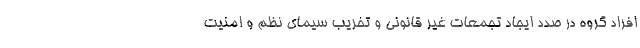
افراد گروه در صدد ایجاد تجمعات غیر قانونی و تخریب سیمای نظم و امنیت